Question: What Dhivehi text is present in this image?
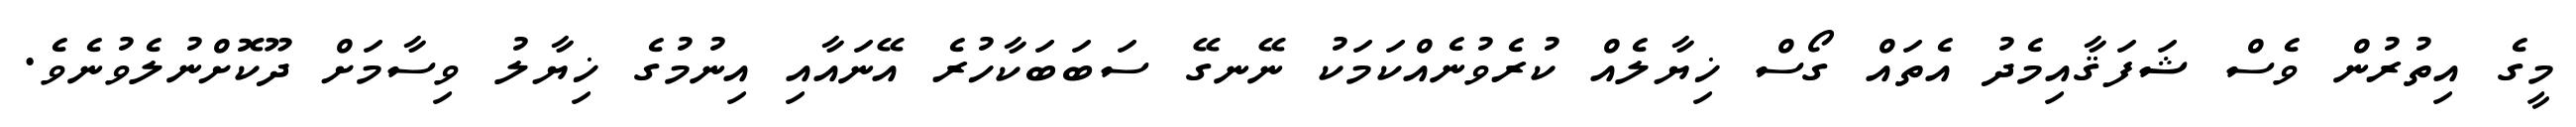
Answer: މީގެ އިތުރުން ވެސް ޝަފަޤާއިމެދު އެތައް ގޯސް ޚިޔާލެއް ކުރެވުނެއްކަމަކު ނޭނގޭ ސަބަބަކާހުރެ އޭނައާއި އިނުމުގެ ޚިޔާލު ވިސާމަށް ދޫކޮށްނުލެވުނެވެ.